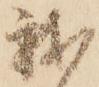
我